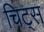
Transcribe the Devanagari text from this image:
चिट्स